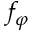
f _ { \varphi }